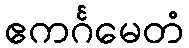
ဧကင်္ဂမေတံ